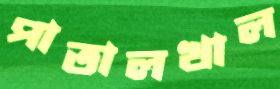
পাতালখাল